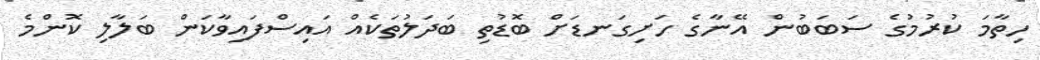
ހިތާމަ ކުރުމުގެ ސަބަބުން އޭނާގެ ހަށިގަނޑަށް ބޮޑުތި ބަދަލުތަކެއް އައިސްފައިވާކަން ބަލާލި ކޮންމެ